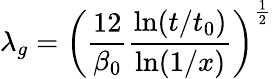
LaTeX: \lambda_{g}=\left(\frac{12}{\beta_{0}}\frac{\ln(t/t_{0})}{\ln(1/x)}\right)^{\frac{1}{2}}